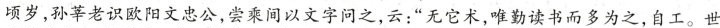
顷岁，孙莘老识欧阳文忠公，尝乘间以文字问之，云：”无它术，唯勤读书而多为之，自工。世